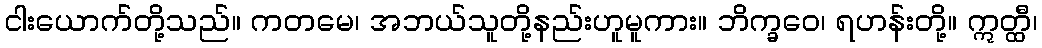
ငါးယောက်တို့သည်။ ကတမေ၊ အဘယ်သူတို့နည်းဟူမူကား။ ဘိက္ခဝေ၊ ရဟန်းတို့။ ဣတ္ထီ၊